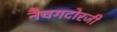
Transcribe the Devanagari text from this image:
नैचगदोरजी